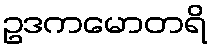
ဥဒကမောတရိ